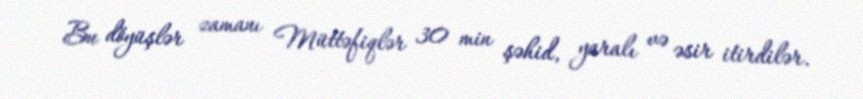
Bu döyüşlər zamanı Müttəfiqlər 30 min şəhid, yaralı və əsir itirdilər.